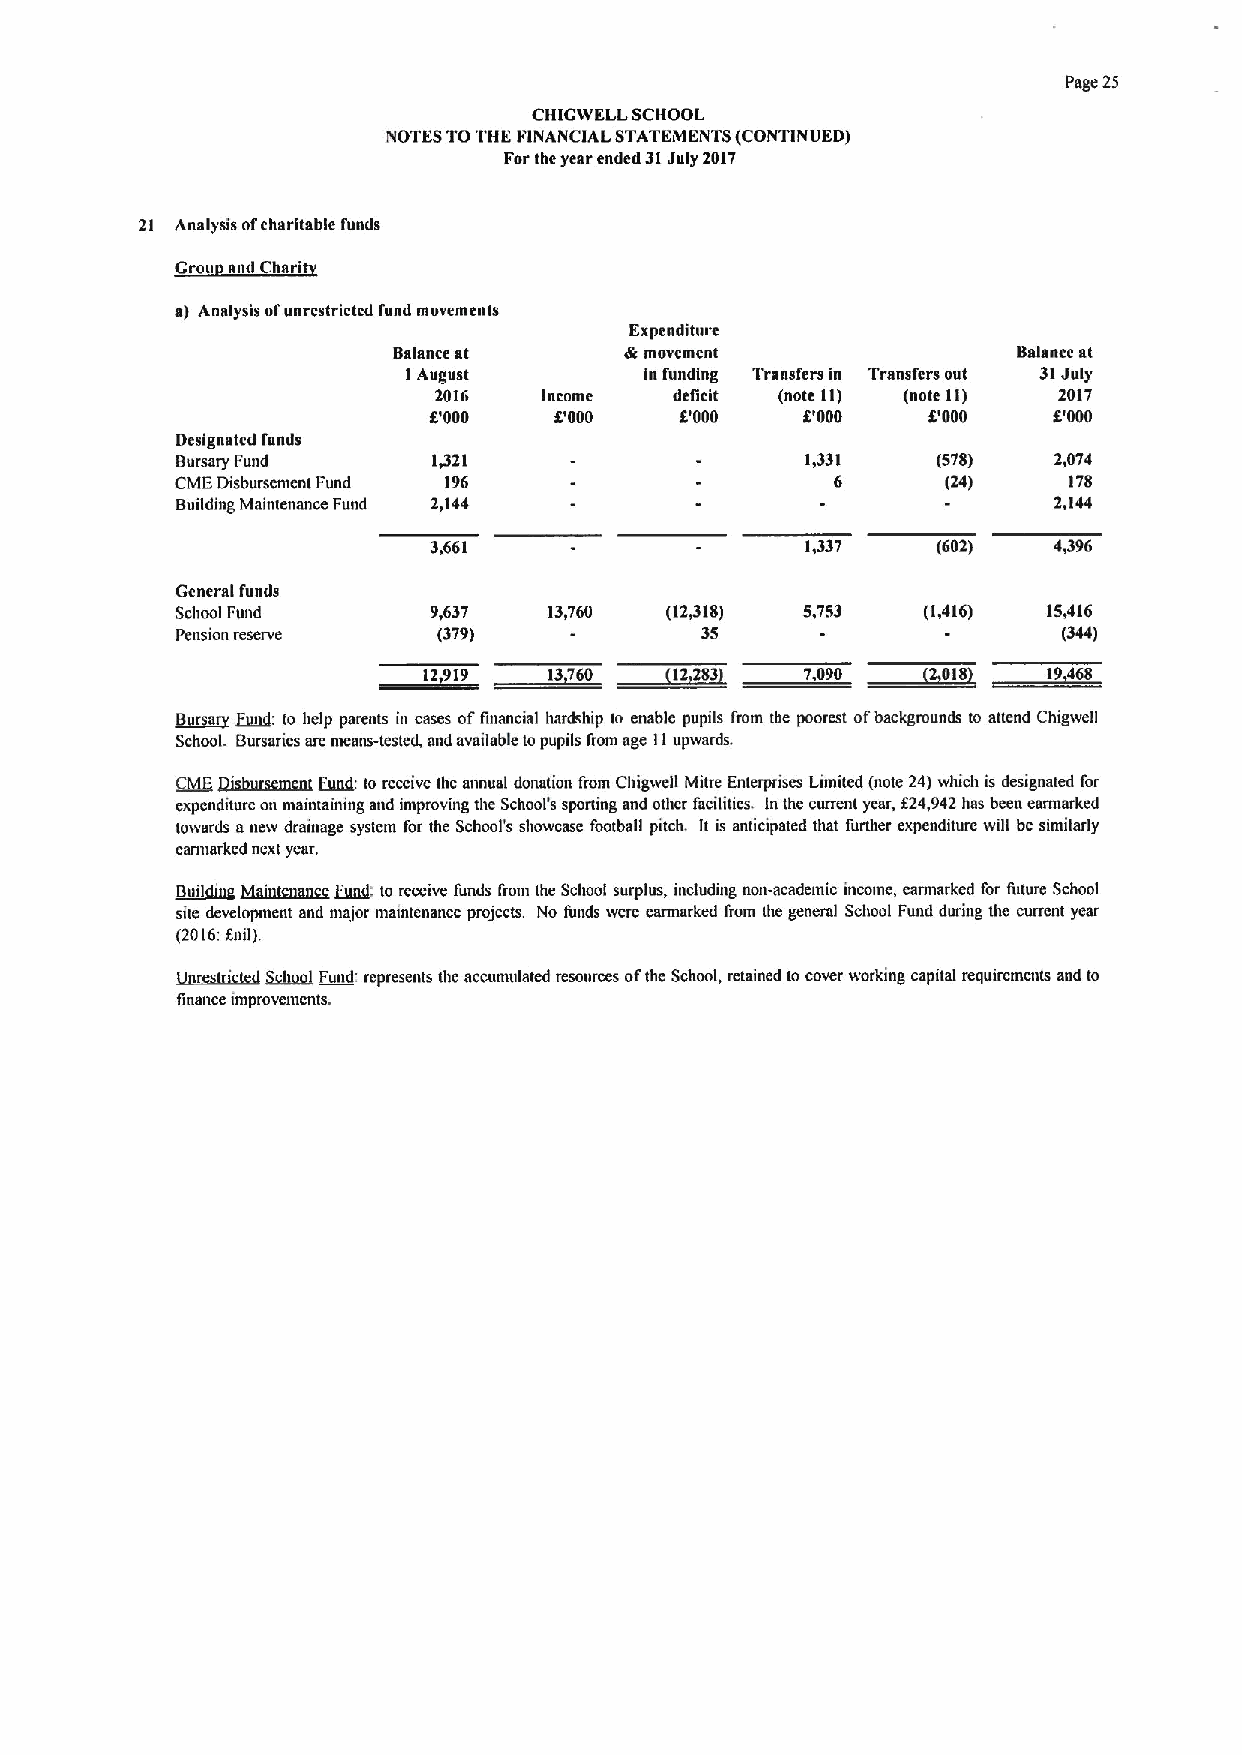
Page 21
 CHIGWELL SCHOOL
 NOTES TOTHE FINANCIAL STATEMENTS (CONTINUED)
 Forthe year ended 31July 2017
 21 Analysis ofcharitable funds
 Grou and hsri
 a) Analysis ofunrestricted fund movements
 Expenditure
 Balance at     di movement               Balance at
 IAugust         in funding Transfers in Transfers out 31July
 2016   Income   deficit (note 11) (note II) 2017
 6'000    6'000   6'000   6'000   F000     F000
 Designated funds
 Bursary Fund     1,321                   1,331    (570)   2,074
 CME Disbursement Fund 196                  6       (24)    170
 Building Maintenance Fund 2,144                           2,144
 3,661                   1,337    (602)   4,396
 Generalfunds
 SchoolFund       9,637  13)760  (12810)  5,753   (1,416) 15,416
 Pension reserve  (379)            35                      (344)
 ~Bur a Eggt(: to help parents in cases offinancial hardship to enable pupils 1'rom the poorest ofbackgrounds to attend Chigwell
 School Bursarics are means-tested, and available topupils from age IIupwards.
 Qv(Egjahurrm~n F~nd: to receive the annual donation from Chigwell Mitre Enterprises Limited (note 24)which is designated for
 expenditure on maintaining and impmving the School's sporting and other facilities. In the current year, 124,942has been earmarked
 towards anew drainage system for the School's showcase football pitch. It is anticipated that further expenditure will be similarly
 earmarked next year.
 ~Boil in ~M in enance Fund: to receive funds from the School surplus, including non-academic inconie, earmarked for future School
 site development and niajor maintenance projects. No funds ivere earmarked from the general School Fund during the current year
 (2016:anil).
 Su(tuu) Fund: represents the accumulated resources ofthe School, retained to cover working capital requirements and to
 finance improvements.